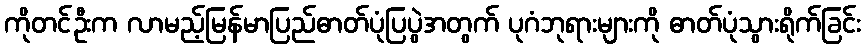
ကိုတင်ဦးက လာမည့်မြန်မာပြည်ဓာတ်ပုံပြပွဲအတွက် ပုဂံဘုရားများကို ဓာတ်ပုံသွားရိုက်ခြင်း